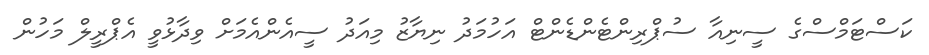
ކަސްޓަމްސްގެ ސީނިއާ ސުޕްރިންޓެންޑެންޓް އަހުމަދު ނިޔާޒު މިއަދު ސީއެންއެމަށް ވިދާޅުވީ އެޕްރީލް މަހުން